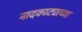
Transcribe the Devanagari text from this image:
नादकाट्याच्या